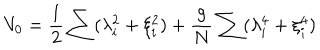
LaTeX: V _ { 0 } = { \frac { 1 } { 2 } } \sum ( \lambda _ { i } ^ { 2 } + \xi _ { i } ^ { 2 } ) + { \frac { g } { N } } \sum ( \lambda _ { i } ^ { 4 } + \xi _ { i } ^ { 4 } )